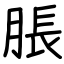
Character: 脹